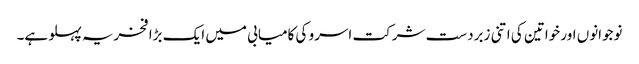
نوجوانوں اور خواتین کی اتنی زبردست شرکت اسرو کی کامیابی میں ایک بڑا فخریہ پہلو ہے۔